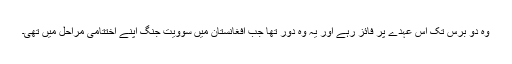
وہ دو برس تک اس عہدے پر فائز رہے اور یہ وہ دور تھا جب افغانستان میں سوویت جنگ اپنے اختتامی مراحل میں تھی۔